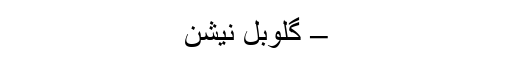
– گلوبل نیشن